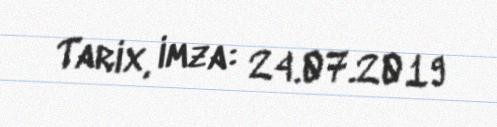
Tarix, imza: 24.07.2019